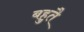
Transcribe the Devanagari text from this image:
बहुतै